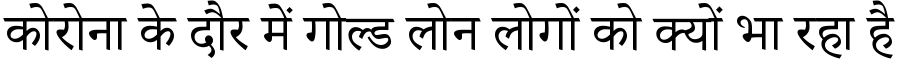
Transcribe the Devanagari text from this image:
कोरोना के दौर में गोल्ड लोन लोगों को क्यों भा रहा है